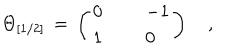
\Theta _ { [ 1 / 2 ] } \, = \, \left( \begin{array} { l l l } { { 0 } } & { { { \, \, } } } & { { - 1 } } \\ { { 1 } } & { { { \, \, } } } & { { 0 } } \\ \end{array} \right) \quad ,